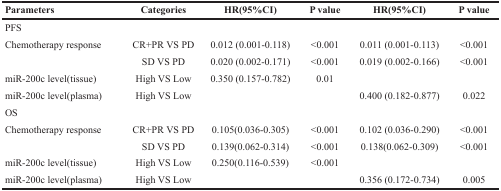
<table><thead><tr><td><b>Parameters</b></td><td><b>Categories</b></td><td><b>HR(95%CI)</b></td><td><b>P value</b></td><td><b>HR(95%CI)</b></td><td><b>P value</b></td></tr></thead><tbody><tr><td>PFS</td><td></td><td></td><td></td><td></td><td></td></tr><tr><td>Chemotherapy response</td><td>CR+PR VS PD</td><td>0.012 (0.001-0.118)</td><td>&lt;0.001</td><td>0.011 (0.001-0.113)</td><td>&lt;0.001</td></tr><tr><td></td><td>SD VS PD</td><td>0.020 (0.002-0.171)</td><td>&lt;0.001</td><td>0.019 (0.002-0.166)</td><td>&lt;0.001</td></tr><tr><td>miR-200c level(tissue)</td><td>High VS Low</td><td>0.350 (0.157-0.782)</td><td>0.01</td><td></td><td></td></tr><tr><td>miR-200c level(plasma)</td><td>High VS Low</td><td></td><td></td><td>0.400 (0.182-0.877)</td><td>0.022</td></tr><tr><td>OS</td><td></td><td></td><td></td><td></td><td></td></tr><tr><td>Chemotherapy response</td><td>CR+PR VS PD</td><td>0.105(0.036-0.305)</td><td>&lt;0.001</td><td>0.102 (0.036-0.290)</td><td>&lt;0.001</td></tr><tr><td></td><td>SD VS PD</td><td>0.139(0.062-0.314)</td><td>&lt;0.001</td><td>0.138(0.062-0.309)</td><td>&lt;0.001</td></tr><tr><td>miR-200c level(tissue)</td><td>High VS Low</td><td>0.250(0.116-0.539)</td><td>&lt;0.001</td><td></td><td></td></tr><tr><td>miR-200c level(plasma)</td><td>High VS Low</td><td></td><td></td><td>0.356 (0.172-0.734)</td><td>0.005</td></tr></tbody></table>